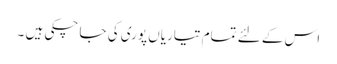
اس کے لئے تمام تیاریاں پوری کی جا چکی ہیں ۔